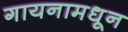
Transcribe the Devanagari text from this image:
गायनामधून